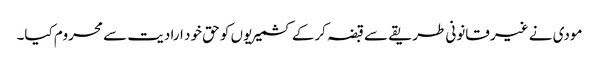
مودی نے غیر قانونی طریقے سے قبضہ کرکے کشمیریوں کو حق خود ارادیت سے محروم کیا۔